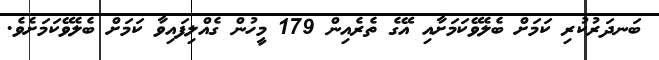
ބަނދަރުކުރި ކަމަށް ބެލެވޭކަމަށާއި އޭގެ ތެރެއިން 179 މީހުން ގެއްލިފައިވާ ކަމަށް ބެލެވޭކަމަށެވެ.